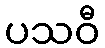
ပသဝီ